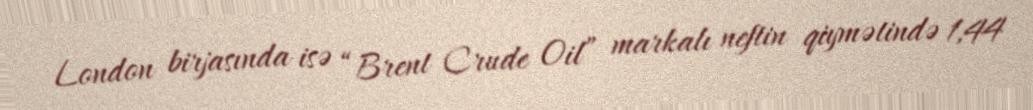
London birjasında isə “Brent Crude Oil” markalı neftin qiymətində 1,44